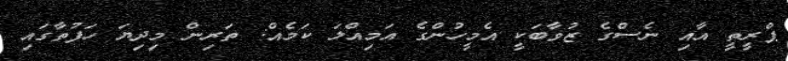
ޕްރީތީ އާއި ނެސްގެ ޒުވާބަކީ އެމީހުންގެ އަމިއްލަ ކަމެއް: ތަރިން މިދިޔަ ހަފުތާގައި